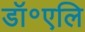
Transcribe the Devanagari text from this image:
डॉ॰एलि